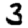
Digit: 3